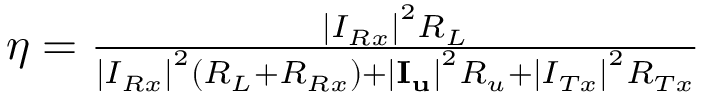
\begin{array} { r } { \eta = \frac { { { { \left| { { I _ { R x } } } \right| } ^ { 2 } } { R _ { L } } } } { { { { \left| { { I _ { R x } } } \right| } ^ { 2 } } ( { R _ { L } } + { R _ { R x } } ) + { { \left| { { { \mathbf { I } } _ { \mathbf { u } } } } \right| } ^ { 2 } } { R _ { u } } + { { \left| { { I _ { T x } } } \right| } ^ { 2 } } { R _ { T x } } } } } \end{array}